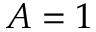
A = 1